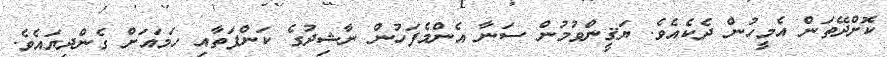
ކޮށްދޭތަން އެމީހުން ދެކެއެވެ. ޔަޤީންވުމުން ސަނާ އެންމެފަހުން ނާޝިދުގެ ކަންފަތާއި ހަމައަށް ގެންދިޔައެވެ.